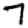
Digit: 7